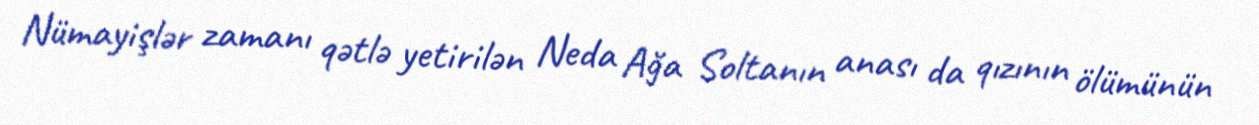
Nümayişlər zamanı qətlə yetirilən Neda Ağa Soltanın anası da qızının ölümünün